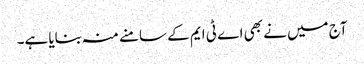
آج میں نے بھی اے ٹی ایم کے سامنے منہ بنایا ہے۔